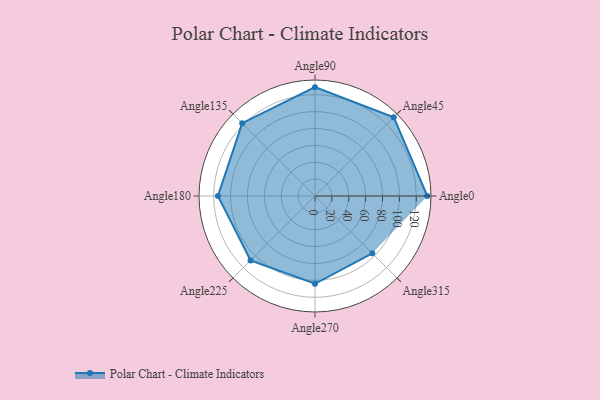
{"axis": {"x": "Angle", "y": "Radius"}, "legend": [""], "data": [{"x": "Angle0", "y": 133.0, "type": ""}, {"x": "Angle45", "y": 132.0, "type": ""}, {"x": "Angle90", "y": 129.0, "type": ""}, {"x": "Angle135", "y": 122.0, "type": ""}, {"x": "Angle180", "y": 115.0, "type": ""}, {"x": "Angle225", "y": 108.0, "type": ""}, {"x": "Angle270", "y": 104.0, "type": ""}, {"x": "Angle315", "y": 96.0, "type": ""}]}